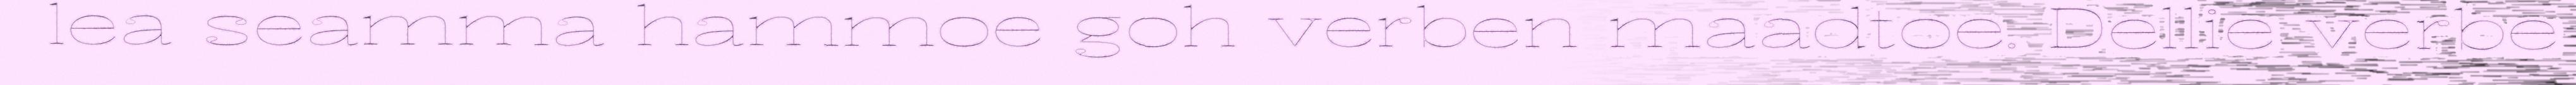
lea seamma hammoe goh verben maadtoe. Dellie verbe